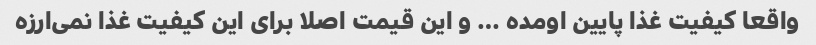
واقعا کیفیت غذا پایین اومده … و این قیمت اصلا برای این کیفیت غذا نمی‌ارزه